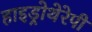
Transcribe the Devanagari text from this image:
हाइड्रोथेरेपी